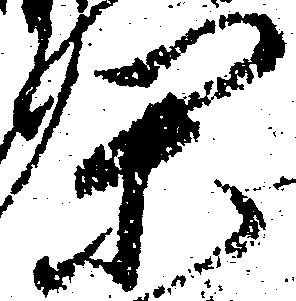
閑